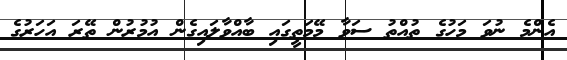
އެންމެ ނުވަ މަހުގެ ތުއްތު ސަވާ މޭމަތީގައި ބާއްވާލައިގެން އުމުރުން ތޭރަަ އަހަރުގެ